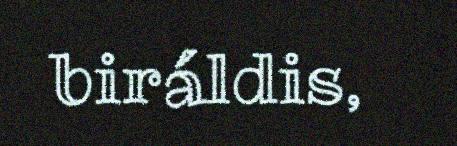
biráldis,